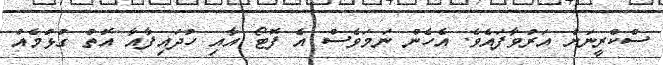
ސްކްރީނަށް އަރުވާފައެވެ. އެހެން ނަމަވެސް އެ ފޮޓޯ އާއި ހުދައިފާއާ އޮތް ގުޅުމެއް